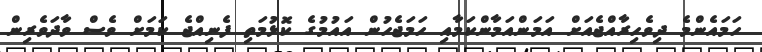
ހަމައެންމެ ދިވެހިރާއްޖެއަށް އަމަންއަމާންކަމާއި ހަމަޖެހުން އައުމުގެ ކޮޅުމަތި ފެނިއްޖެ ކަމަށް ވެސް ވާދަވެރިން